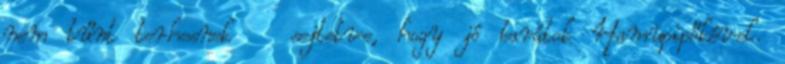
nem tűnt terhesnek sejtetve, hogy jó barátok Hamupipőkével.